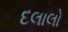
દલાલો